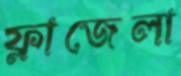
ফ্লাজেলা